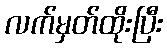
လက်မှတ်ထိုးပြီး